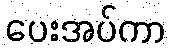
ပေးအပ်ကာ